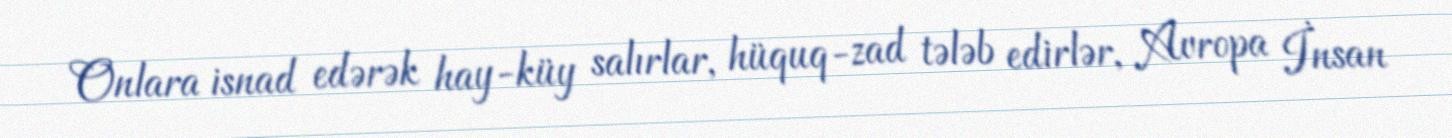
Onlara isnad edərək hay-küy salırlar, hüquq-zad tələb edirlər, Avropa İnsan